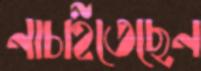
নাচাইতেছেন